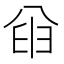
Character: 𫤮